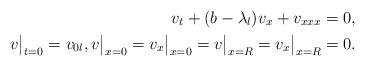
LaTeX: \begin{align*}v_t +(b-\lambda_l)v_x +v_{xxx}=0,\\ v\big|_{t=0}= v_{0l},v\big|_{x=0}=v_x\big|_{x=0}=v\big|_{x=R}=v_x\big|_{x=R}=0.\end{align*}